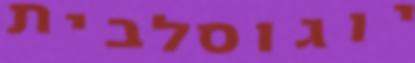
יוגוסלבית